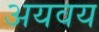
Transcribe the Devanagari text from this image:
अयवय